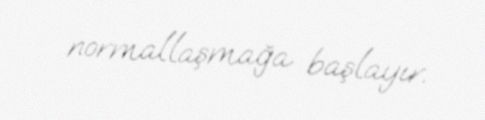
normallaşmağa başlayır.